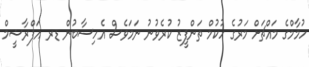
ހުމާމްގެ މައްޗަށް މަރުގެ ހުކުމް ތަންފީޒު ކުރެވުނު ނަމަވެސް އެހިސާބުން ޑރ އަފްރާޝީމް